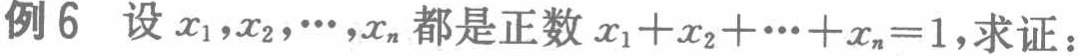
例6 设\(x_{1},x_{2},\cdots,x_{n}\)都是正数\(x_{1}+x_{2}+\cdots +x_{n}=1\),求证：